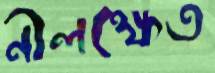
নীলক্ষেত